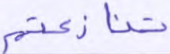
تنازعتم